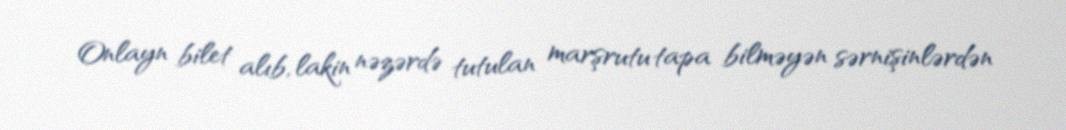
Onlayn bilet alıb, lakin nəzərdə tutulan marşrutu tapa bilməyən sərnişinlərdən